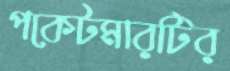
পকেটমারটির